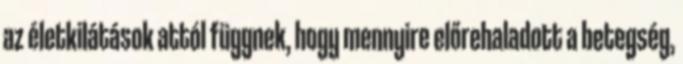
az életkilátások attól függnek, hogy mennyire előrehaladott a betegség,